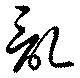
亂